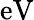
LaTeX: \mathrm{eV}